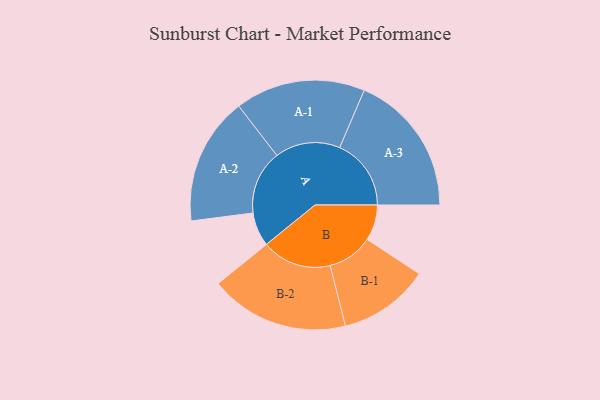
{"axis": {"x": "Segment", "y": "Value"}, "legend": ["", "A", "B"], "data": [{"x": "A", "y": 112, "type": ""}, {"x": "B", "y": 118, "type": ""}, {"x": "A-1", "y": 215, "type": "A"}, {"x": "A-2", "y": 211, "type": "A"}, {"x": "A-3", "y": 236, "type": "A"}, {"x": "B-1", "y": 150, "type": "B"}, {"x": "B-2", "y": 230, "type": "B"}]}